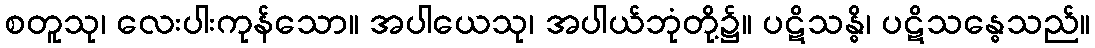
စတူသု၊ လေးပါးကုန်သော။ အပါယေသု၊ အပါယ်ဘုံတို့၌။ ပဋိသန္ဓိ၊ ပဋိသန္ဓေသည်။